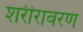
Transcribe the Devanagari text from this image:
शरीरावरण